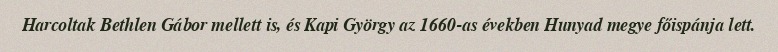
Harcoltak Bethlen Gábor mellett is, és Kapi György az 1660-as években Hunyad megye főispánja lett.